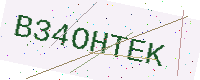
Text: B34OHTEK